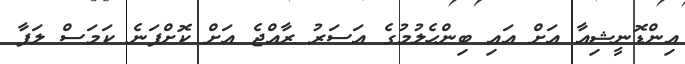
އިންޑޮނީޝިއާ އަށް އައި ބިންހެލުމުގެ އަސަރު ރާއްޖެ އަށް ކޮށްފަނެ ކަމަސް ލަފާ